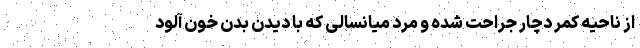
از ناحیه کمر دچار جراحت شده و مرد میانسالی که با دیدن بدن خون آلود